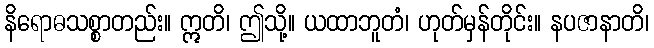
နိရောဓသစ္စာတည်း။ ဣတိ၊ ဤသို့။ ယထာဘူတံ၊ ဟုတ်မှန်တိုင်း။ နပဇာနာတိ၊